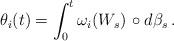
LaTeX: \begin{align*} \theta_i(t) = \int_{0}^{t} \omega_i(W_s) \, \circ d\beta_s\,. \end{align*}